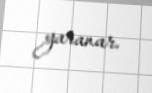
yaranar.